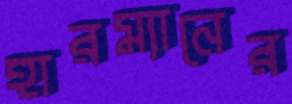
হারম্যানের